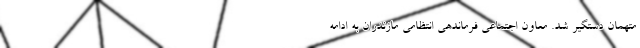
متهمان دستگیر شد. معاون اجتماعی فرماندهی انتظامی مازندران به ادامه